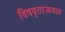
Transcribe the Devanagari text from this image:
विषवृताजवळ